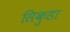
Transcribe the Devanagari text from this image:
सिकुडा